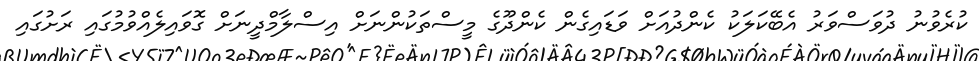
ކުރެވުނު ދުވަސްވަރު އެބޭކަލަކު ކެންދުއަށް ވަޑައިގެން ކެންދޫގެ މީސްތަކުންނަށް އިސްލާމްދީނަށް ގޮވައިލެއްވުމުގައި ރަށުގައި